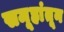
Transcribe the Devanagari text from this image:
समूहांतून